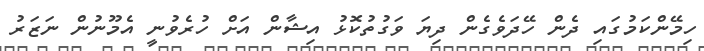
ހިމޭންކަމުގައި ދެން ހޭދަވެގެން ދިޔަ ވަގުތުކޮޅު އިޝާން އަށް ހުރެވުނީ އެމޫނުން ނަޒަރު